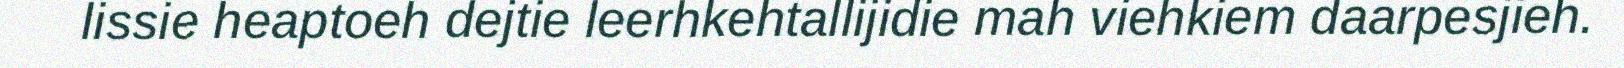
lissie heaptoeh dejtie leerhkehtallijidie mah viehkiem daarpesjieh.